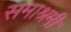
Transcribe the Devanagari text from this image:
समाश्रमी